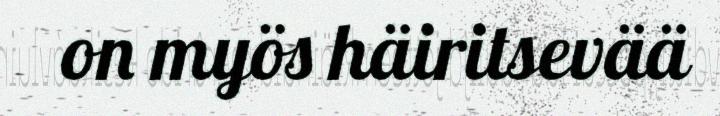
on myös häiritsevää